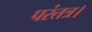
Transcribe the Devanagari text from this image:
परंतत्र।